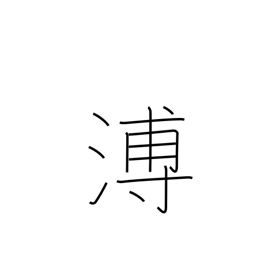
Meaning: far and wide